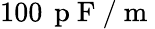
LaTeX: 100\, \mathrm{~p~F~}/\mathrm{~m~}